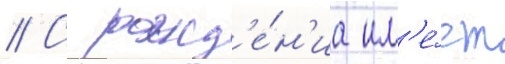
// С рожд'е́н'иа им'е́ет